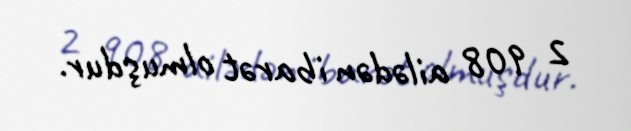
2 908 ailədən ibarət olmuşdur.